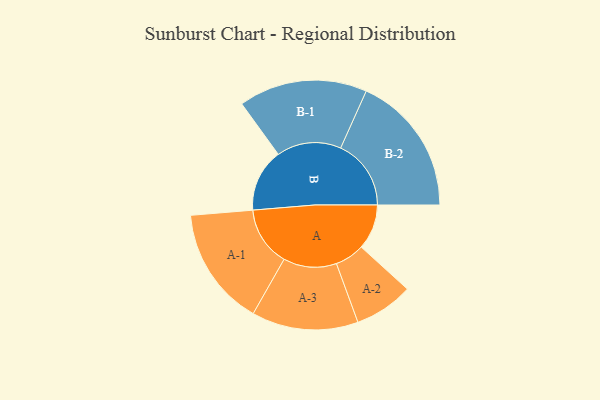
{"axis": {"x": "Segment", "y": "Value"}, "legend": ["", "A", "B"], "data": [{"x": "A", "y": 187, "type": ""}, {"x": "B", "y": 260, "type": ""}, {"x": "A-1", "y": 246, "type": "A"}, {"x": "A-2", "y": 122, "type": "A"}, {"x": "A-3", "y": 220, "type": "A"}, {"x": "B-1", "y": 266, "type": "B"}, {"x": "B-2", "y": 291, "type": "B"}]}